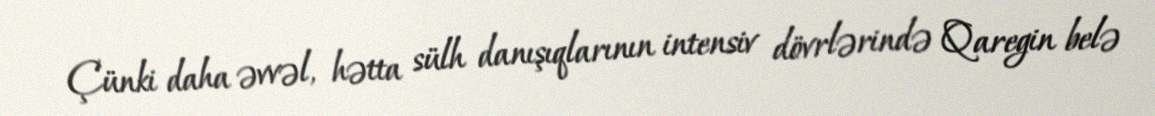
Çünki daha əvvəl, hətta sülh danışıqlarının intensiv dövrlərində Qaregin belə